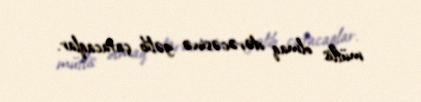
müflis olmaq dərəcəsinə gəlib çatacaqlar.